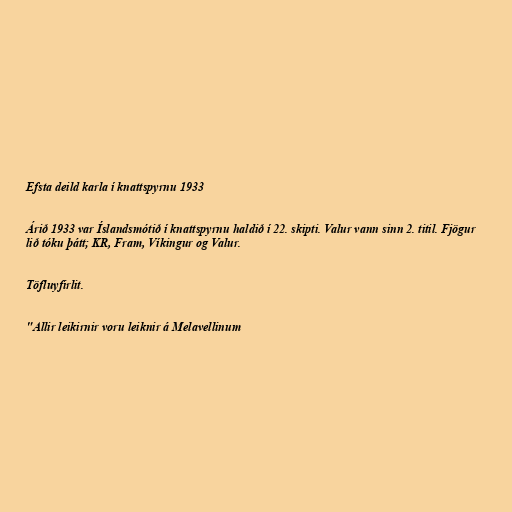
Efsta deild karla í knattspyrnu 1933

Árið 1933 var Íslandsmótið í knattspyrnu haldið í 22. skipti. Valur vann sinn 2. titil. Fjögur
lið tóku þátt; KR, Fram, Víkingur og Valur.

Töfluyfirlit.

"Allir leikirnir voru leiknir á Melavellinum